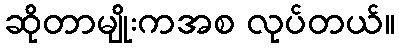
ဆိုတာမျိုးကအစ လုပ်တယ်။